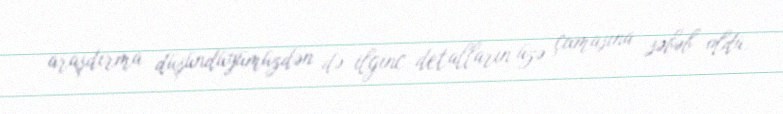
araşdırma düşündüyümüzdən də ilginc detalların üzə çıxmasına səbəb oldu.